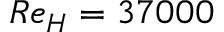
R e _ { H } = 3 7 0 0 0